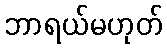
ဘာရယ်မဟုတ်